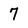
Character: 7